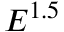
E ^ { 1 . 5 }